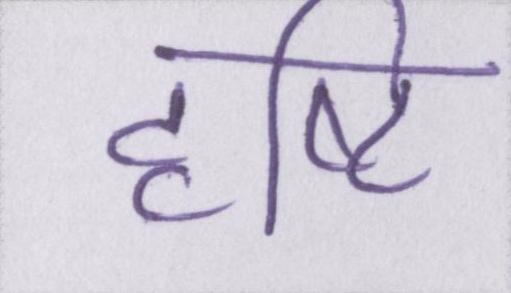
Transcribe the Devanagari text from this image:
दृष्टि